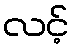
လင့်